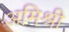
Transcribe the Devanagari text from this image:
अमिश्री